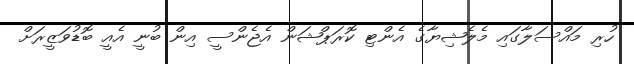
ހުރި މައްސަލާގައި މެލެޝިޔާގެ އެންޓި ކޮރަޕްޝަން އެޖެންސީ އިން ބުނީ އެއީ ބޮޑުވަޒީރަށް